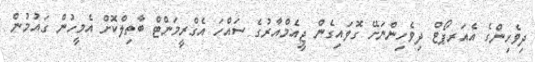
ދިވެހިންގެ އެއަރޕޯޓް ދިވެހިންނަށޭ ގޮވައިގެން ޖީއެމްއާރުގެ ސައްހަ އެގްރީމަންޓް ބާތިލްކޮށް އެމީހުން ގައުމުން